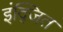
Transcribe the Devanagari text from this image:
इंद्जित